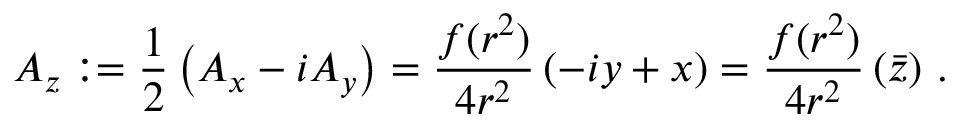
A _ { z } : = \frac { 1 } { 2 } \left( A _ { x } - i A _ { y } \right) = \frac { f ( r ^ { 2 } ) } { 4 r ^ { 2 } } \left( - i y + x \right) = \frac { f ( r ^ { 2 } ) } { 4 r ^ { 2 } } \left( \bar { z } \right) \, .